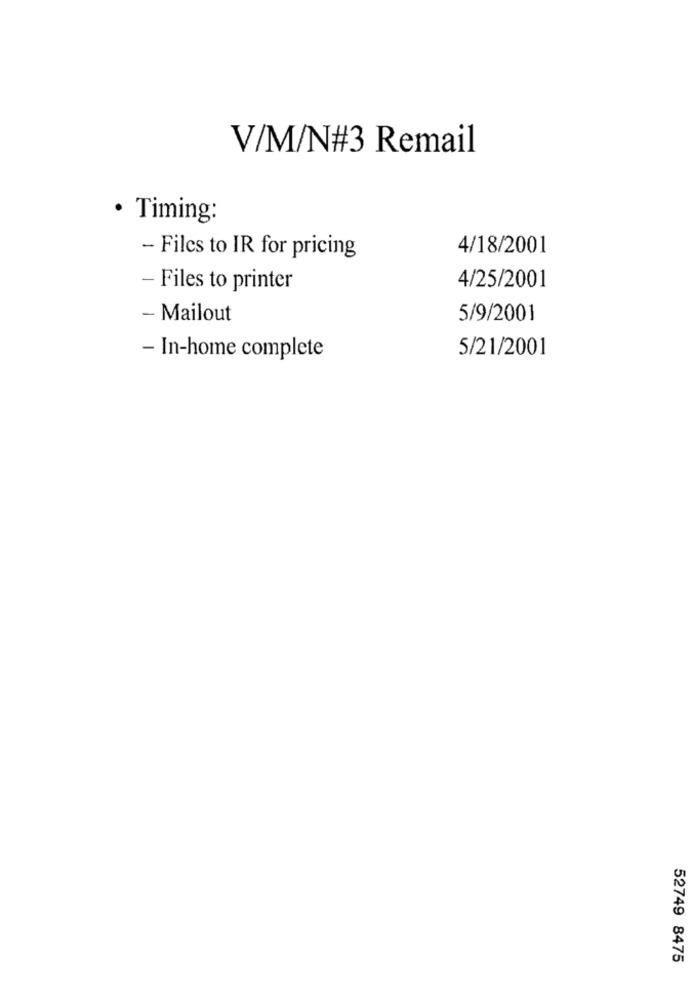
V/M/N#3 Remail
· Timing:
4/18/2001
- Files to IR for pricing
- Files to printer
4/25/2001
- Mailout
5/9/2001
5/21/2001
- In-home complete
52749 8475